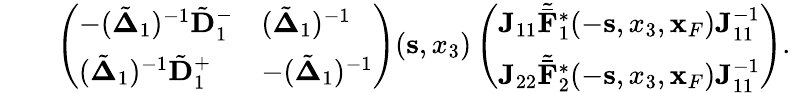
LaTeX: \begin{array}{rlr}&{}&{\left(\begin{array}{ll}{-(\tilde{\mathbf\Delta}_{1})^{-1}\tilde{\mathbf D}_{1}^{-}}&{(\tilde{\mathbf\Delta}_{1})^{-1}}\\ {(\tilde{\mathbf\Delta}_{1})^{-1}\tilde{\mathbf D}_{1}^{+}}&{-(\tilde{\mathbf\Delta}_{1})^{-1}}\end{array}\right)({\mathbf s},x_{3})\left(\begin{array}{l}{{\mathbf J}_{11}{\tilde{\bar{\mathbf F}}}_{1}^{*}(-{\mathbf s},x_{3},{\mathbf x}_{F}){\mathbf J}_{11}^{-1}}\\ {{\mathbf J}_{22}{\tilde{\bar{\mathbf F}}}_{2}^{*}(-{\mathbf s},x_{3},{\mathbf x}_{F}){\mathbf J}_{11}^{-1}}\end{array}\right).}\end{array}